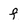
Character: f